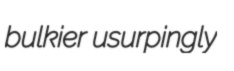
bulkier usurpingly